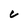
Character: C